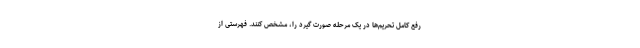
رفع کامل تحریم‌ها در یک مرحله صورت گیرد را، مشخص کنند. فهرستی از